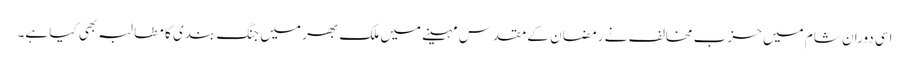
اسی دوران شام میں حزب مخالف نے رمضان کے مقدس مہینے میں ملک بھر میں جنگ بندی کا مطالبہ بھی کیا ہے۔